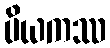
ပိယကဿ